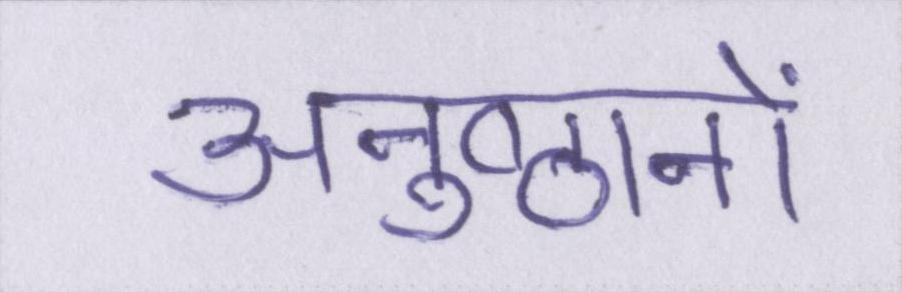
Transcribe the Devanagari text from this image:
अनुष्ठानों